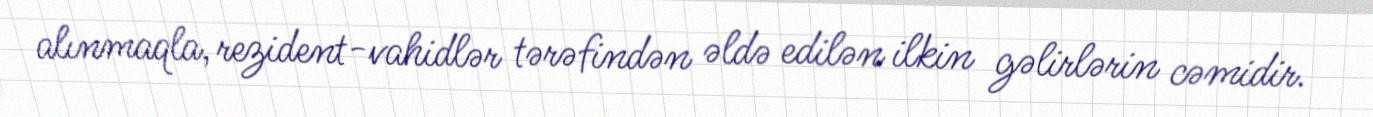
alınmaqla, rezident-vahidlər tərəfindən əldə edilən ilkin gəlirlərin cəmidir.